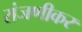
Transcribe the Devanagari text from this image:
रांजणीकर